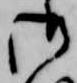
御